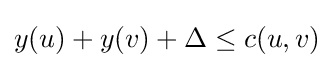
y(u)+y(v)+\Delta \leq c(u,v)